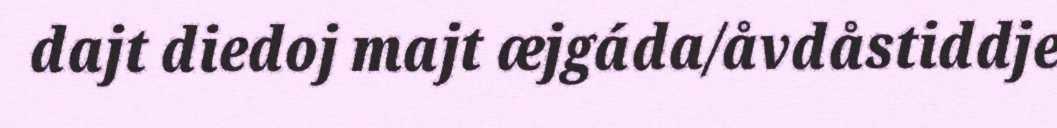
dajt diedoj majt æjgáda/åvdåstiddje